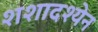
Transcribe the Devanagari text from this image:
शशादश्येन